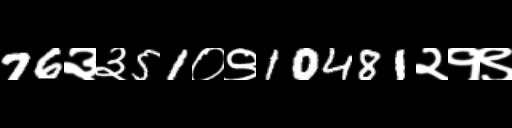
Text: 76३३51०९10481२१९